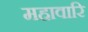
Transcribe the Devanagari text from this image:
महावारि